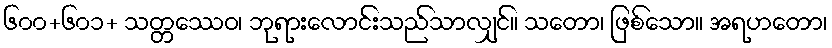
၆၀၀+၆၀၁+ သတ္တဿေဝ၊ ဘုရားလောင်းသည်သာလျှင်။ သတော၊ ဖြစ်သော။ အရဟတော၊